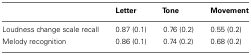
|  | Letter | Tone | Movement |
 | --- | --- | --- | --- |
 | Loudness change scale recall | 0.87 (0.1) | 0.76 (0.2) | 0.55 (0.2) |
 | Melody recognition | 0.86 (0.1) | 0.74 (0.2) | 0.68 (0.2) |